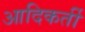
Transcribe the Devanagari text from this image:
आदिकर्ती